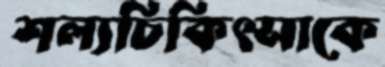
শল্যচিকিৎসাকে